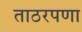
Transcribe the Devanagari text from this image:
ताठरपणा